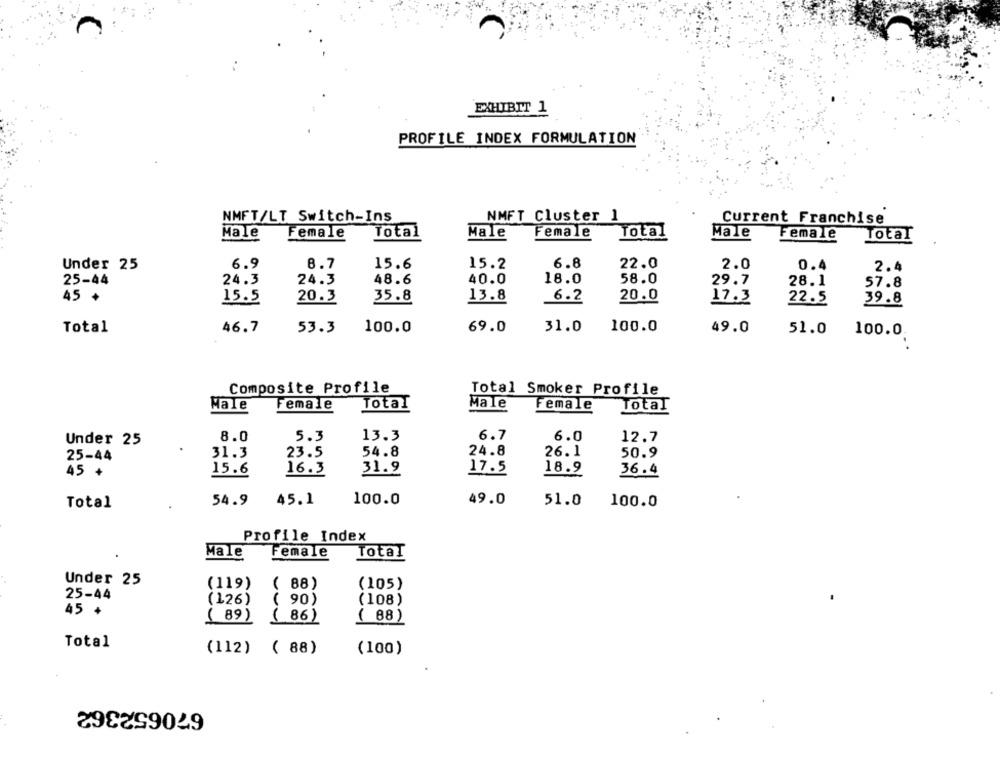
EXHIBIT 1
PROFILE INDEX FORMULATION
NMFT/LT Switch-Ins
NMFT Cluster 1
Current Franchise
Total
Male
Female
Total
Male
Male
Female
Female
Total
8.7
15.6
15.2
6.8
22.0
Under 25
6.9
2.0
0.4
2.4
24.3
24.3
48.6
18.0
58.0
25-44
40.0
29.7
28.1
57.8
45 +
15.5
20.3
35.8
13.8
6.2
20.0
17.3
22.5
39.8
Total
46.7
53.3
100.0
69.0
31.0
100.0
49.0
51.0
100.0.
Composite Profile
Total Smoker Profile
Male
Female
Total
Male
Female
Total
8.0
5.3
13.3
6.7
6.0
12.7
Under 25
31.3
23.5
54.8
24.8
26.1
50.9
25-44
16.3
31.9
17.5
18.9
45 +
15.6
36.4
Total
54.9
45.1
100.0
49.0
51.0
100.0
Profile Index
Male
Female
Total
Under 25
(119)
( 88)
(105)
25-44
(126)
( 90)
(108)
45 +
( 89)
( 86)
( 88)
Total
(112) ( 88)
(100)
670652362